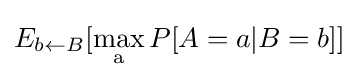
E_{b\leftarrow B}[\max _{\mathrm {a} }P[A=a|B=b]]